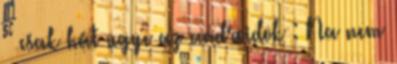
– csak hát ugye az androidok : Na nem